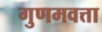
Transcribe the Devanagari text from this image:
गुणमवत्ता